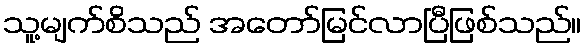
သူ့မျက်စိသည် အတော်မြင်လာပြီဖြစ်သည်။